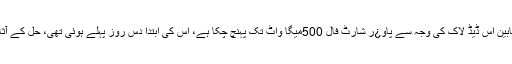
سوئی سدرن گیس کمپنی اور کے الیکٹرک کے مابین اس ڈیڈ لاک کی وجہ سے پاو¿ر شارٹ فال 500میگا واٹ تک پہنچ چکا ہے، اس کی ابتدا دس روز پہلے ہوئی تھی، حل کے آثار دکھائی نہیں دیتے اور یہ مسئلہ وہیں کھڑا ہے۔